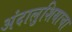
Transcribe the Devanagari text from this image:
अंदालुशियाचा